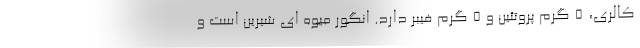
کالری، 5 گرم پروتئین و 5 گرم فیبر دارد. انگور میوه ای شیرین است و